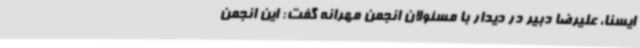
ایسنا، علیرضا دبیر در دیدار با مسئولان انجمن مهرانه گفت: این انجمن